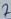
Text: 7